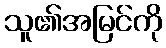
သူ၏အမြင်ကို